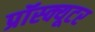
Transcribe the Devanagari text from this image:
प्रॉस्क्यूटर